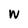
Character: W